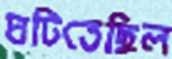
ঘটিতেছিল